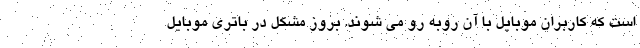
است که کاربران موبایل با آن روبه رو می شوند. بروز مشکل در باتری موبایل